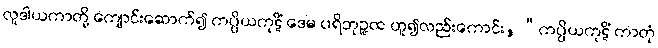
လူဒါယကာတို့ ကျောင်းဆောက်၍ ကပ္ပိယကုဋိံ ဒေမ ပရိဘုဉ္ဇထ ဟူ၍လည်းကောင်း, “ကပ္ပိယကုဋိံ ကာတုံ